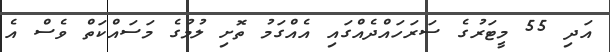
އަދި 55 މީޓަރުގެ ސަރަހައްދެއްގައި އެއްގަމު ތޮށި ލުމުގެ މަސައްކަތް ވެސް އެ